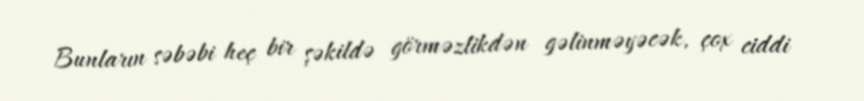
Bunların səbəbi heç bir şəkildə görməzlikdən gəlinməyəcək, çox ciddi